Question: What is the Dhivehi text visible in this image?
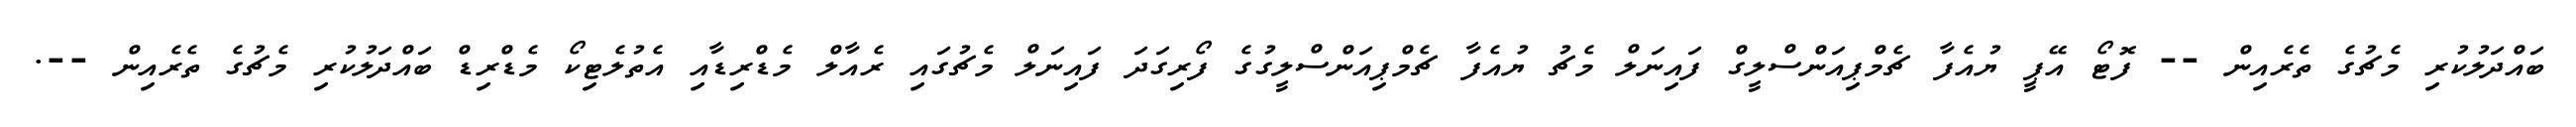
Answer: ބައްދަލުކުރި މެޗުގެ ތެރެއިން -- ފޮޓޯ އޭޕީ ޔުއެފާ ޗެމްޕިއަންސްލީގް ފައިނަލް މެޗު ޔުއެފާ ޗެމްޕިއަންސްލީގުގެ ފޯރިގަދަ ފައިނަލް މެޗުގައި ރެއާލް މެޑްރިޑާއި އެތުލެޓިކޯ މެޑްރިޑް ބައްދަލުކުރި މެޗުގެ ތެރެއިން --.